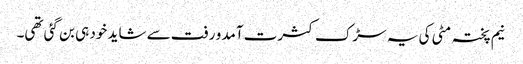
نیم پختہ مٹی کی یہ سڑک کثرت آمد و رفت سے شاید خود ہی بن گئی تھی۔